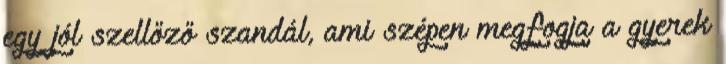
egy jól szellőző szandál, ami szépen megfogja a gyerek